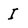
Character: I